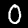
Label: 0